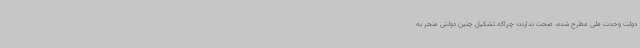
دولت وحدت ملی مطرح شده، صحت ندارند؛ چراکه تشکیل چنین دولتی منجر به